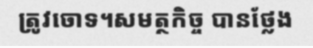
ត្រូវចោទ។សមត្ថកិច្ច បានថ្លែង